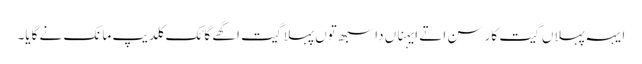
ایہہ پہلاں گیت کار سن اتے ایہناں دا سبھ توں پہلا گیت اگھے گائک کلدیپ مانک نے گایا۔